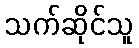
သက်ဆိုင်သူ